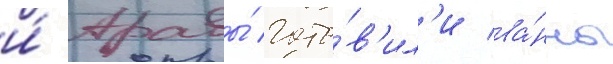
и́ травы́ гото́в'ил'и ва́нны